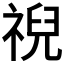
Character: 𫀗